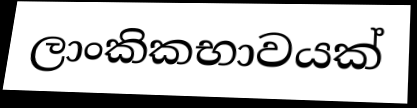
ලාංකිකභාවයක්